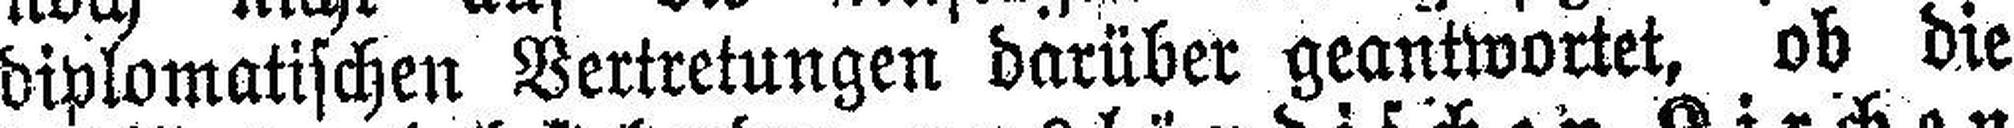
diplomatischen Vertretungen darüber geantwortet, ob die